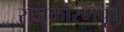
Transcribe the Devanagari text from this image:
राजकारणपूर्व